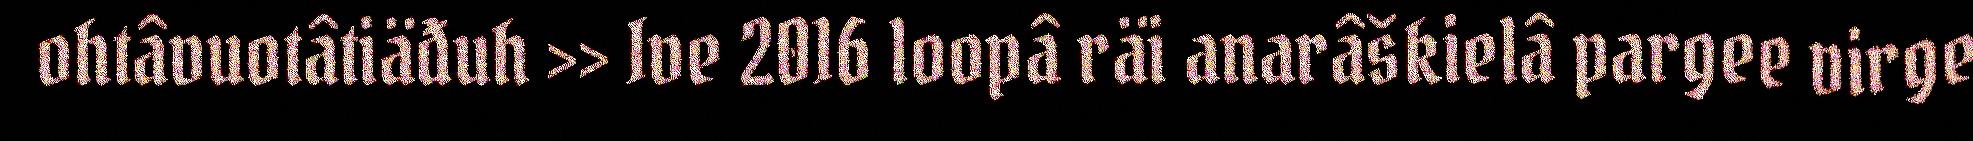
ohtâvuotâtiäđuh >> Ive 2016 loopâ räi anarâškielâ pargee virge